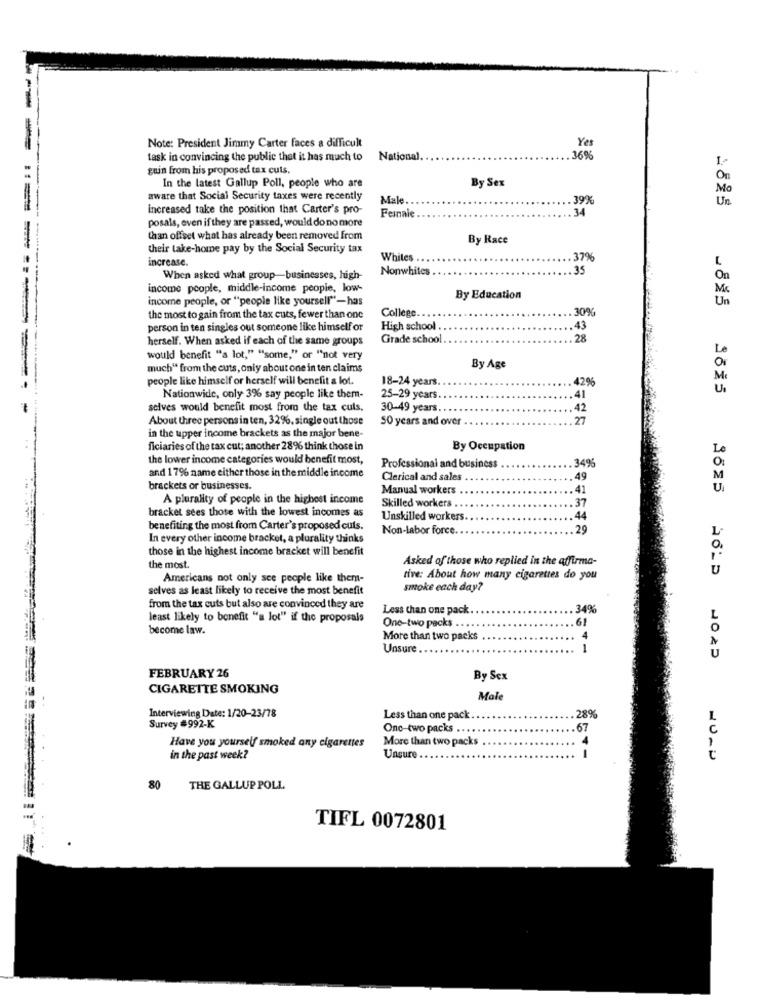
Yes
Note: President Jimmy Carter faces a difficult
task in convincing the public that it has much to
National.
36%
I
guin from his proposed tax cuts.
By Sex
Or
In the latest Gallup Poll, people who are
Mo
aware that Social Security taxes were recently
Male.
39%
Un
increased take the position that Carter's pro-
.34
posals, even if they are passed, would do no more
Female
than offset what has already been removed from
By Race
their take-home pay by the Social Security tax
increase.
Whites
.37%
Nonwhites . .
35
L
When asked what group-businesses, high-
Or
income people, middle-income people, low-
M
income people, or "people like yourself"-has
By Education
Un
30%
the most to gain from the tax cuts, fewer than one
College ....
person in ten singles out someone like himself or
High school .
43
herself. When asked if each of the same groups
Grade school
28
would benefit "a lot," "some," or "not very
much" from the cuts, only about one in ten claims
By Age
people like himself or herself will benefit a lot.
18-24 years.
42%
3615
-... .
Nationwide, only 3% say people like them-
25-29 years
41
seives would benefit most from the tax cuts.
30-49 years.
42
About three persons in ten, 32%. single out those
50 years and over .
27
in the upper income brackets as the major bene-
ficiaries of the tax cut; another 286 think those in
By Occupation
the lower income categories would benefit most,
.349%
and 17% name either those in the middle income
Professional and business
Clerical and sales
49
brackets or businesses.
Manual workers
41
A plurality of people in the highest income
37
bracket sees those with the lowest incomes as
Skilled workers ..
Unskilled workers.
44
benefiting the most from Carter's proposed cuts.
Non-labor force.
29
In every other income bracket, a plurality thinks
those in the highest income bracket will benefit
Asked of those who replied in the affirma-
the most.
Americans not only sce people like them-
tive: About how many cigarettes do you
selves as least likely to receive the most benefit
smoke each day?
from the tax cuts but also are convinced they are
Less than one pack.
34%
least likely to benefit "a lot" if the proposals
become law.
One-two packs ...
More than two packs
4
Unsure
FEBRUARY 26
By Sex
CIGARETTE SMOKING
Male
Interviewing Date: 1/20-23/78
Less than one pack
28%
Survey #992-K
Onc-two packs ...
67
More than two packs
Have you yourself smoked any cigarettes
in the past week?
Unsure
NU- U
80
THE GALLUP POLL
TIFL 0072801